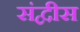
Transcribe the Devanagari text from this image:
संद्वीस